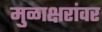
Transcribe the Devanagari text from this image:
मुळाक्षरांवर